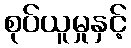
စုပ်ယူမှုနှင့်